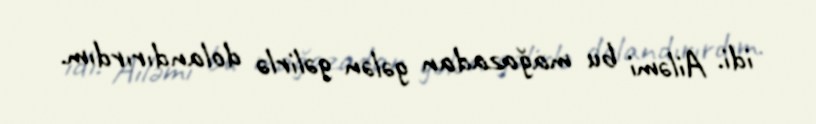
idi. Ailəmi bu mağazadan gələn gəlirlə dolandırırdım.